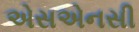
એસએનસી